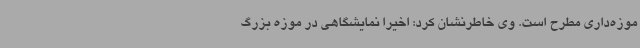
موزه‌داری مطرح است. وی خاطرنشان کرد: اخیرا نمایشگاهی در موزه بزرگ